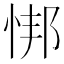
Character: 𫺎